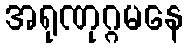
အရုဏုဂ္ဂမနေ